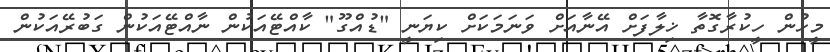
މީހުން ހީކުރާގޮތާ ޚިލާފަށް އޭނާއަށް ވަނަމަކަށް ކިޔަނީ "ޑުއްގޫ" ކާއްޓޭއަކުން ނާއްޓޭއަކުން ގަބުރޭއަކުން